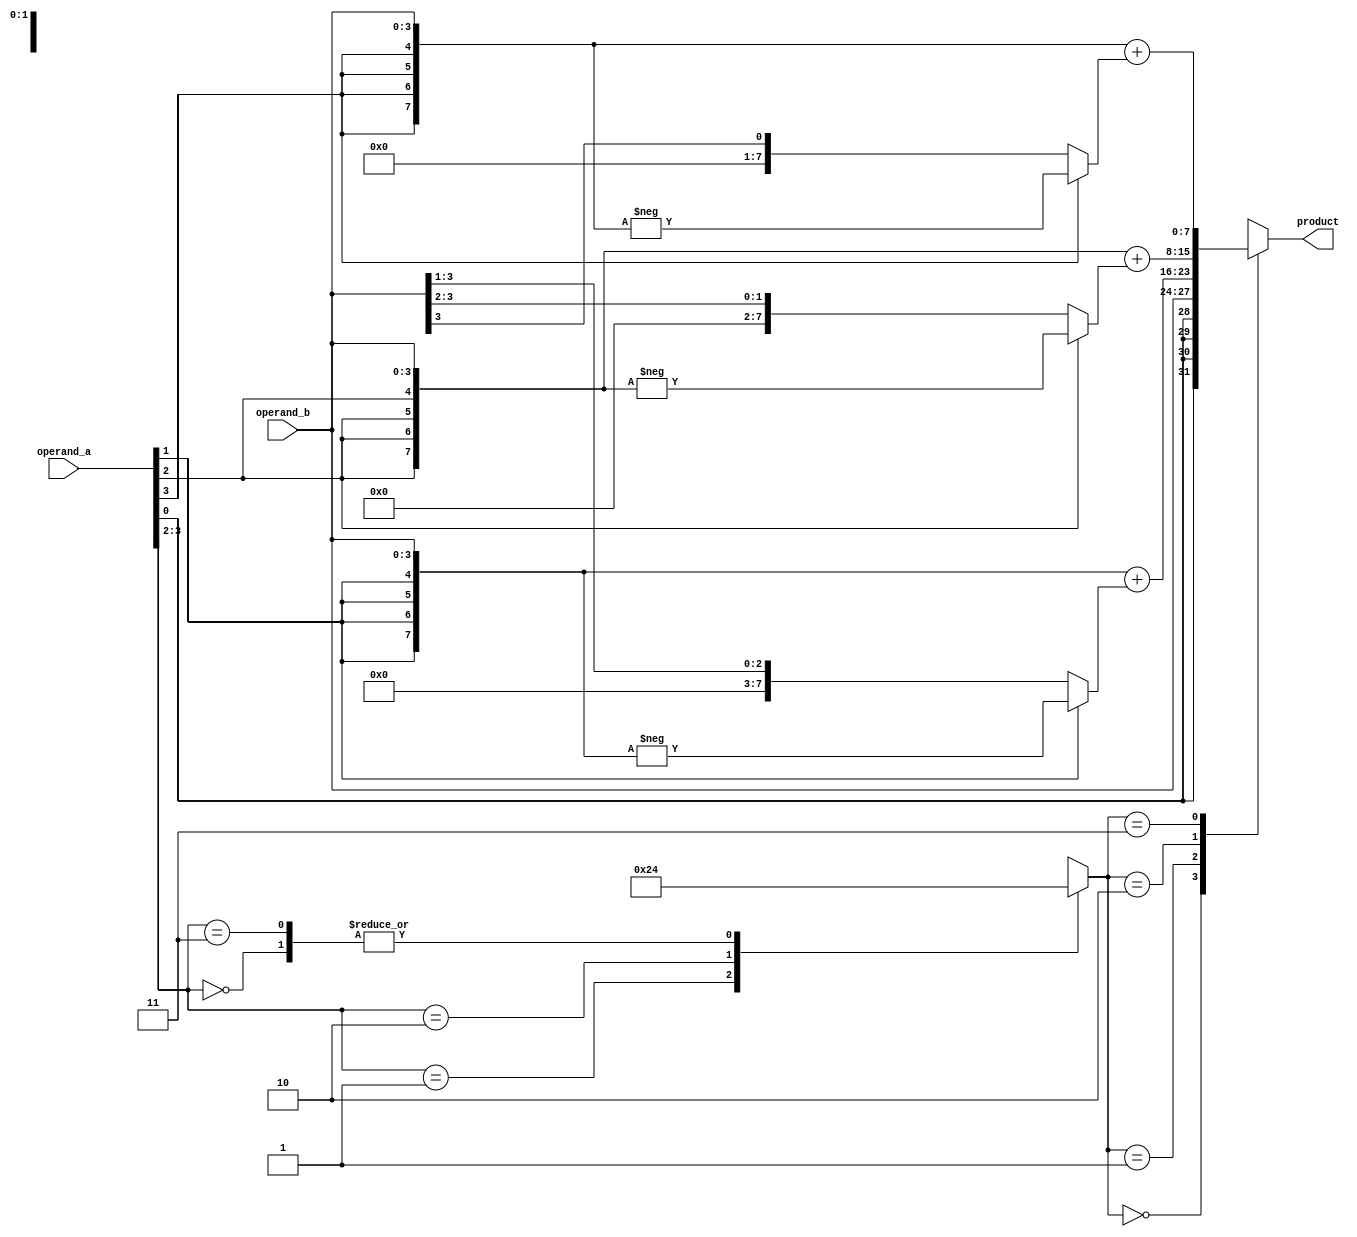
module booth_multiplier(
    input [3:0] operand_a,
    input [3:0] operand_b,
    output reg [7:0] product
);

reg [7:0] partial_products [3:0];
reg [7:0] partial_sums [3:0];

// Partial product generator
always @*
begin
    partial_products[0] = {{4{operand_a[0]}}, operand_b};
    partial_products[1] = {{4{operand_a[1]}}, operand_b};
    partial_products[2] = {{4{operand_a[2]}}, operand_b};
    partial_products[3] = {{4{operand_a[3]}}, operand_b};
end

// Partial product adder
always @*
begin
    partial_sums[0] = partial_products[0];
    partial_sums[1] = partial_products[1] + (operand_a[1] == 1 ? -partial_products[1] : partial_products[1] >> 1);
    partial_sums[2] = partial_products[2] + (operand_a[2] == 1 ? -partial_products[2] : partial_products[2] >> 2);
    partial_sums[3] = partial_products[3] + (operand_a[3] == 1 ? -partial_products[3] : partial_products[3] >> 3);
end

// Booth encoder
reg [1:0] control_signals;
always @*
begin
    case({operand_a[3], operand_a[2]})
        2'b00: control_signals = 2'b00;
        2'b01: control_signals = 2'b10;
        2'b10: control_signals = 2'b01;
        2'b11: control_signals = 2'b00;
    endcase
end

// Final accumulator
always @*
begin
    case(control_signals)
        2'b00: product = partial_sums[0];
        2'b01: product = partial_sums[1];
        2'b10: product = partial_sums[2];
        2'b11: product = partial_sums[3];
    endcase
end

endmodule